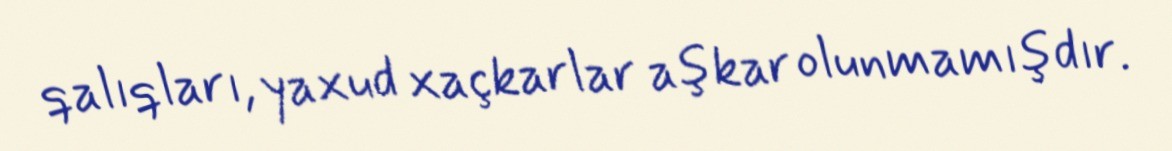
qalıqları, yaxud xaçkarlar aşkar olunmamışdır.